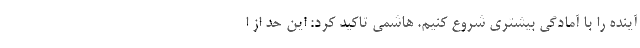
آینده را با آمادگی بیشتری شروع کنیم. هاشمی تاکید کرد: این حد از ا